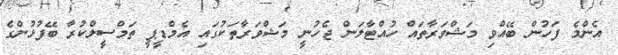
އެންމެ ފަހުން ބޭއްވި މަޝްވަރާތައް ހުއްޓާލަން ޖެހުނީ މަޝްވަރާތަކުގައި އެމްޑީޕީ ތަމްސީލްކުރާ ބޭފުޅުންގެ